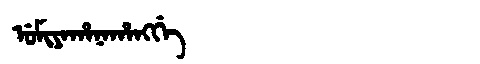
Manchu: ᡠᠮᡳᠶᠠᡥᠠᠨᠠᡥᠠᠩᡤᡝ
Romanization: UMIYAHANAHANGGE